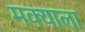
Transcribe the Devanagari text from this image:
मक्याला